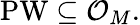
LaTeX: \operatorname{PW}\subseteq{\mathcal{O}}_{M}.